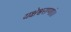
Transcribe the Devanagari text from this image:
यक्षेश्वराणां।।